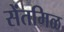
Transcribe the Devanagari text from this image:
सेंतमिळ